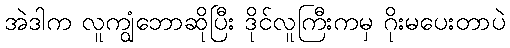
အဲဒါက လူကျွံဘောဆိုပြီး ဒိုင်လူကြီးကမှ ဂိုးမပေးတာပဲ